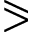
\eqslantgtr